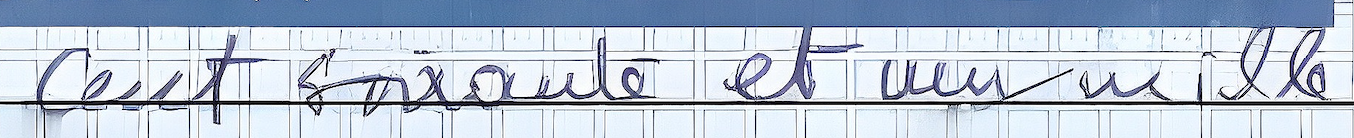
Cent Soixante et un mille